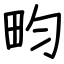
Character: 畇